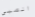
الصبي